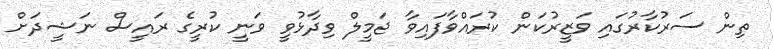
ތިން ސަރުކާރުގައި ވަޒީރުކަން ކުރައްވާފައިވާ ޖަމީލް ވިދާޅުވީ ވަނީ ކުރީގެ ރައީސް ނަޝީދަށް